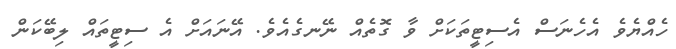
ހެއްޔެވެ އެހެނަސް އެސިޓީތަކަށް ވާ ގޮތެއް ނޭނގެއެވެ. އޭނައަށް އެ ސިޓީތައް ލިބޭކަން